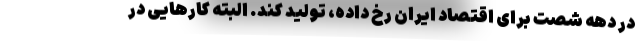
در دهه شصت برای اقتصاد ایران رخ داده، تولید کند. البته کارهایی در